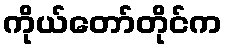
ကိုယ်တော်တိုင်က